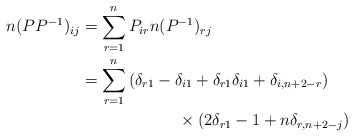
\begin{align*}n(PP^{ - 1} )_{ij}&= \sum\limits_{r = 1}^n {P_{ir} n(P^{ - 1} )_{rj} }\\ &= \sum\limits_{r = 1}^n {(\delta _{r1} - \delta _{i1} + \delta _{r1} \delta _{i1} + \delta _{i,n + 2 - r} )}\\&\qquad\qquad\qquad\times (2\delta _{r1} - 1 + n\delta _{r,n + 2 - j} )\end{align*}